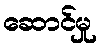
ဆောင်မှု